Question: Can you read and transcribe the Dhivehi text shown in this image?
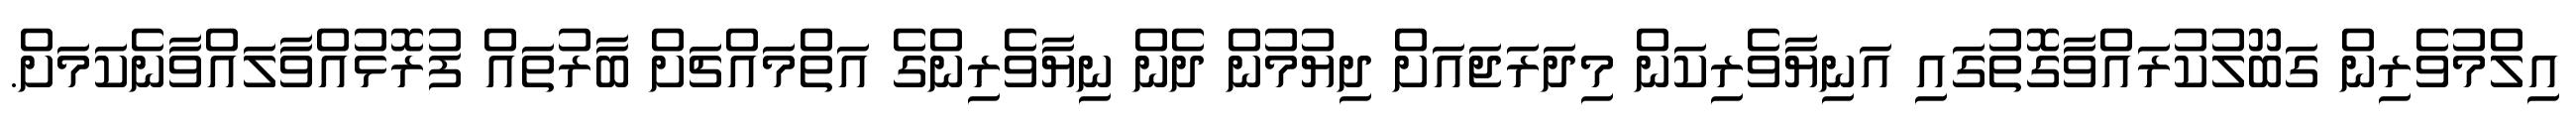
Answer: އިލްމުވެރިން ގަބޫލުކުރައްވާގޮތުގައި އަނިޔާވެރިކަން މިދަރަޖައަށް ދިޔުމުން ދެން ނިޔާވެރިންގެ އަތްމައްޗަށް ބާރުތައް ފުރޮޅުއްވާލައްވާނެކަމަށް.